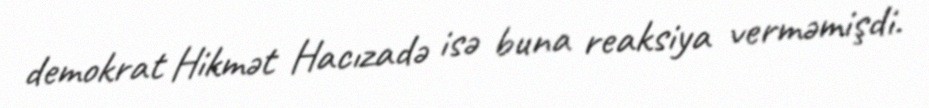
demokrat Hikmət Hacızadə isə buna reaksiya verməmişdi.